Annual report on the health of the army in India
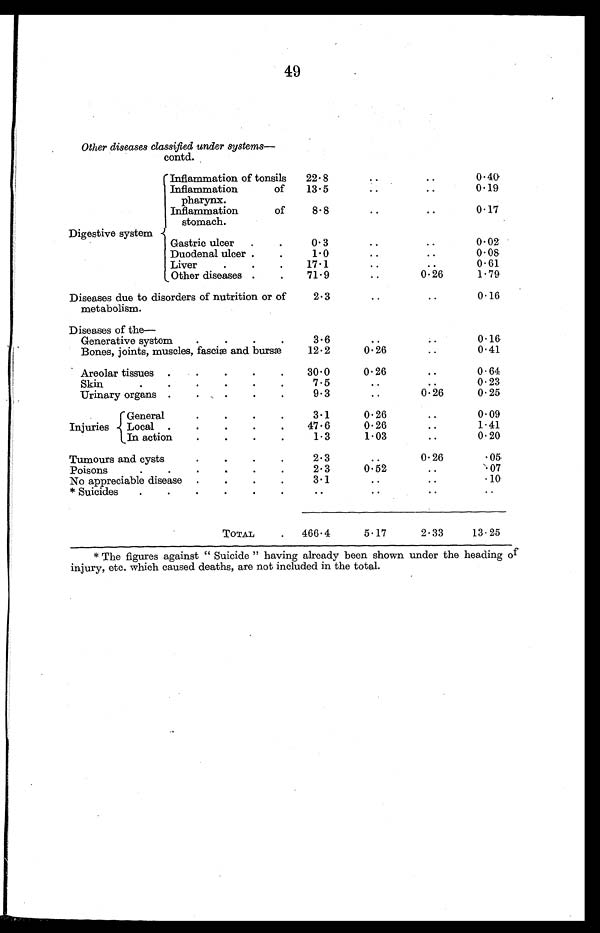
49
Other diseases classified under systems
—
contd.
Digestive system
Inflammation of tonsils
22.8
..
..
0 . 4 0
Inflammation
of
pharynx.
13.5
..
..
0.19
Inflammation
of
stomach.
8.8
..
..
0.17
Gastric ulcer
.
.
0 . 3
..
..
0.02
Duodenal ulcer .
.
1 . 0
..
..
0.08
Liver
.
.
.
1 7 . 1
..
..
0.61
Other diseases .
.
7 1 . 9
..
0.26
1.79
Diseases due to disorders of nutrition or of
metabolism.
2 . 3
..
..
0.16
Diseases of the
—
Generative system
.
.
.
.
3.6
..
..
0.16
Bones, joints, muscles, fasciæ and bursæ
12.2
0.26
..
0.41
Areolar tissues .
.
.
.
.
30.0
0.26
..
0.64
Skin
7.5
..
..
0.23
Urinary organs .
.
.
.
.
9.3
..
0.26
0.25
Injuries
General
..
3 . 1
0 . 2 6
..
0.09
Local .
.
.
47.6
0.26
..
1.41
In action
.
.
.
.
1.3
1 . 0 3
..
0.20
Tumours and cysts.
. .
2.3
..
0.26
.05
Poisons
2.3
0.52
..
.07
No appreciable disease .
.
.
.
3.1 ..
..
.10
* Suicides
.
.
.
.
.
. ..
..
..
..
TOTAL
.
466.4
5.17
2.33
13.25
* The figures against " Suicide " having already been shown under the heading of
injury, etc. which caused deaths, are not included in the total.